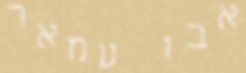
אבו עמאר